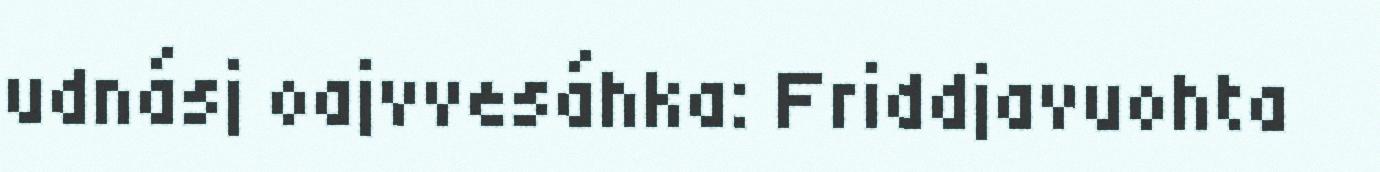
udnásj oajvvesáhka: Friddjavuohta